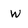
Character: w